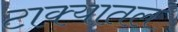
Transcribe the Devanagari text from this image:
टाक्यातलं